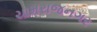
ચામરાજનગર